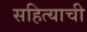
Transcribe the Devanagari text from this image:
सहित्याची